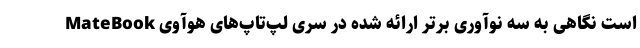
است نگاهی به سه نوآوری برتر ارائه شده در سری لپ‌تاپ‌های هوآوی MateBook